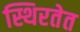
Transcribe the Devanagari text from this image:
स्थिरतेत